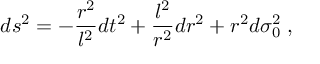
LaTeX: d s ^ { 2 } = - \frac { r ^ { 2 } } { l ^ { 2 } } d t ^ { 2 } + \frac { l ^ { 2 } } { r ^ { 2 } } d r ^ { 2 } + r ^ { 2 } d \sigma _ { 0 } ^ { 2 } \; ,